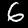
Label: 6